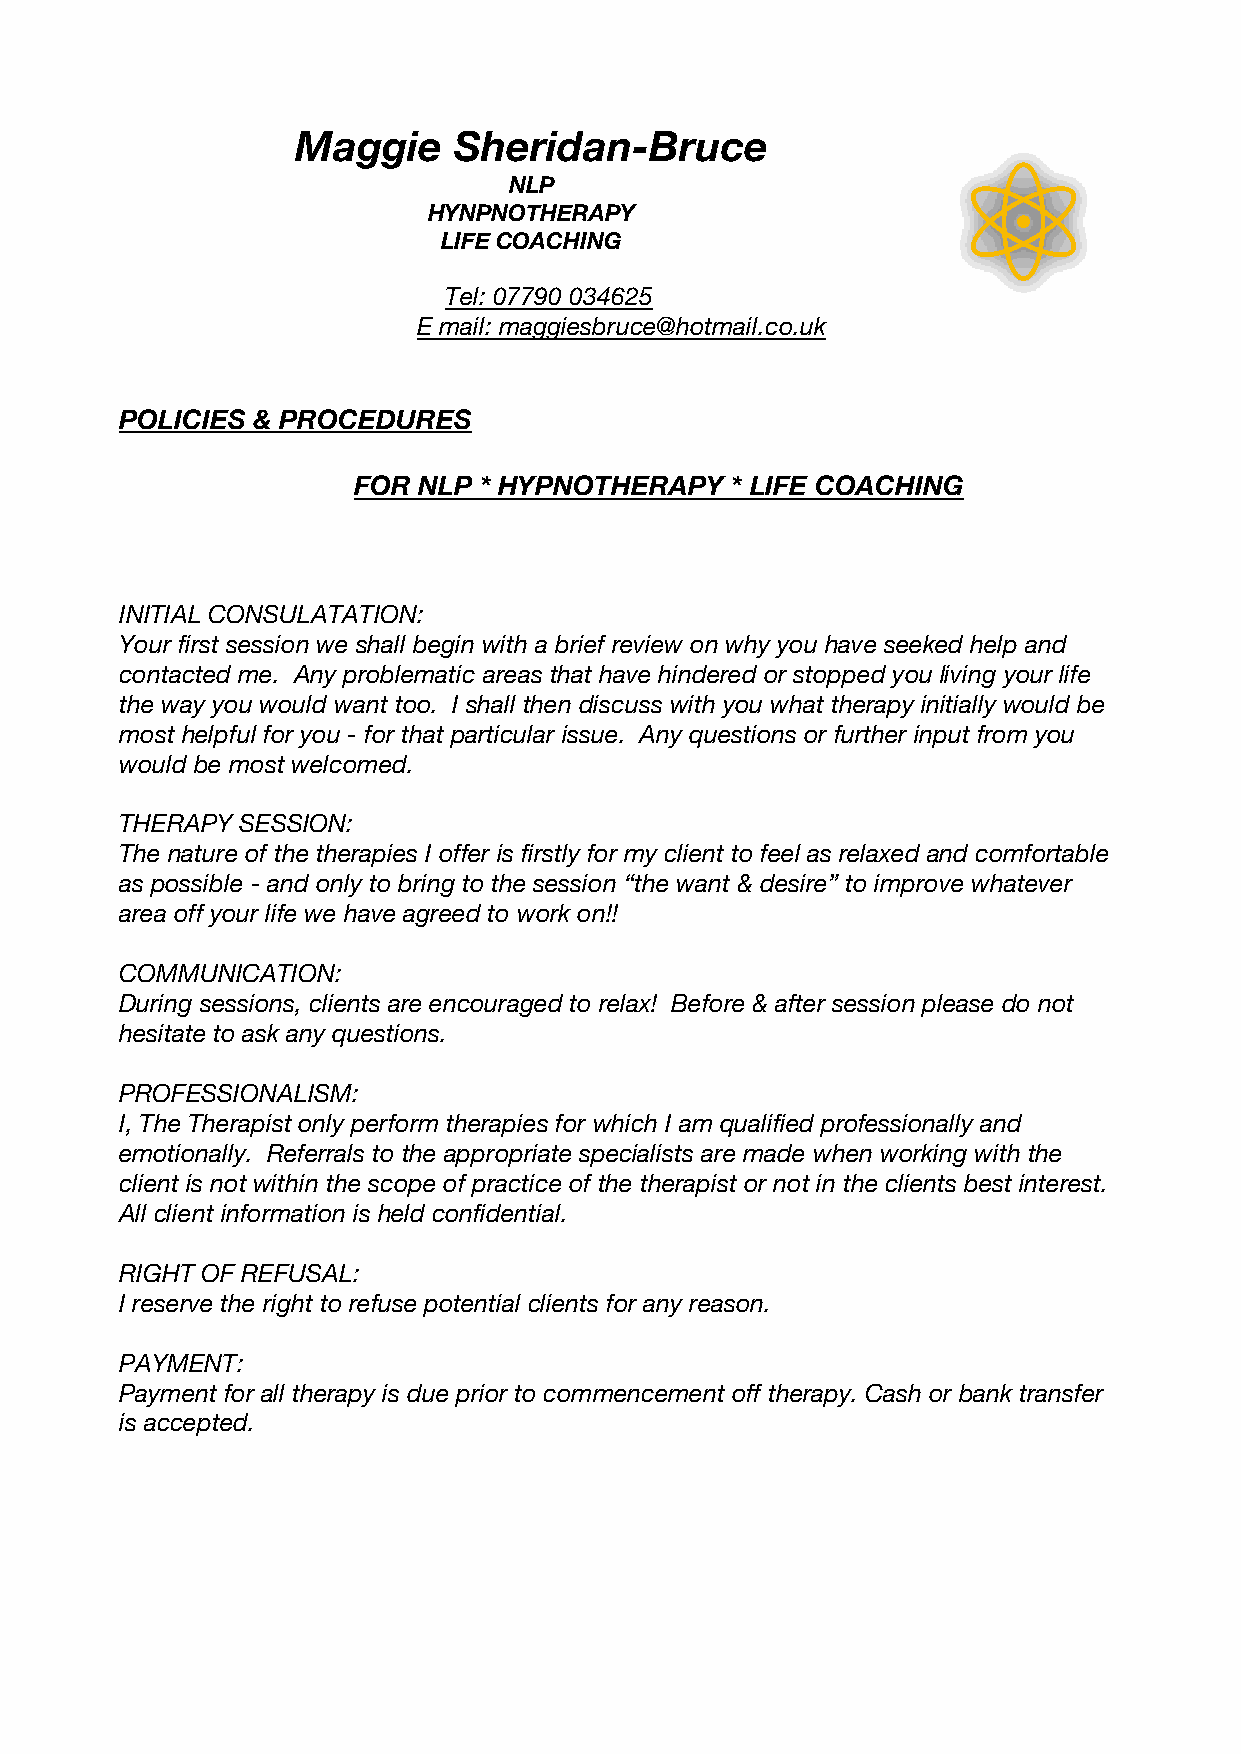
Maggie    Sheridan-Bruce
 NLP
 HYNPNOTHERAPY
 LIFE COACHING
 Tel: 07790 034625
 E mail: maggiesbruce@hotmail.co.uk
 POLICIES & PROCEDURES
 FOR  NLP * HYPNOTHERAPY  * LIFE COACHING
 INITIAL CONSULATATION:
 Your first session we shall begin with a brief review on why you have seeked help and
 contacted me. Any problematic areas that have hindered or stopped you living your life
 the way you would want too. I shall then discuss with you what therapy initially would be
 most helpful for you - for that particular issue. Any questions or further input from you
 would be most welcomed.
 THERAPY SESSION:
 The nature of the therapies I offer is firstly for my client to feel as relaxed and comfortable
 as possible - and only to bring to the session “the want & desire” to improve whatever
 area off your life we have agreed to work on!!
 COMMUNICATION:
 During sessions, clients are encouraged to relax! Before & after session please do not
 hesitate to ask any questions.
 PROFESSIONALISM:
 I, The Therapist only perform therapies for which I am qualified professionally and
 emotionally. Referrals to the appropriate specialists are made when working with the
 client is not within the scope of practice of the therapist or not in the clients best interest.
 All client information is held confidential.
 RIGHT OF REFUSAL:
 I reserve the right to refuse potential clients for any reason.
 PAYMENT:
 Payment for all therapy is due prior to commencement off therapy. Cash or bank transfer
 is accepted.